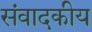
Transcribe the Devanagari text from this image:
संवादकीय